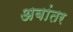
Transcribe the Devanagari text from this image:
अबांतर